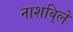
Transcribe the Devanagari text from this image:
नाशवि्ले